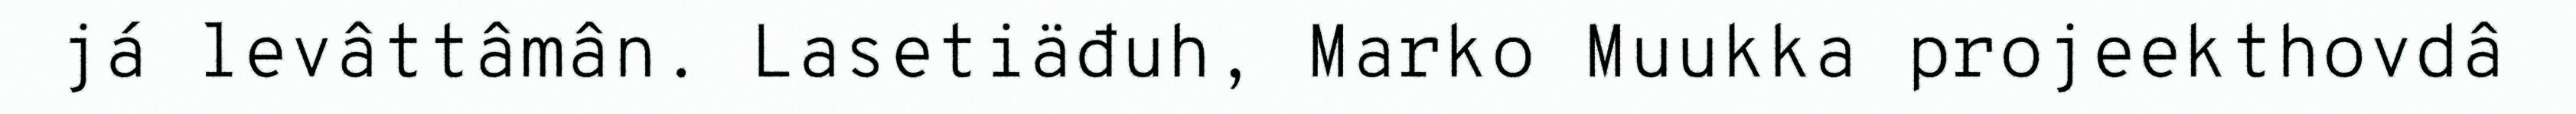
já levâttâmân. Lasetiäđuh, Marko Muukka projeekthovdâ